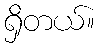
ရှိတယ်။